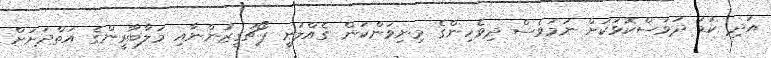
އަދި ކުޑަ ދުވަސްކޮޅަކަށް ނަމަވެސް ދިވެހިންގެ މިނިވަންކަން ގެއްލުނީ ޕޯޗުގީޒުންނާއި މަލާބާރީންގެ އަތްދަށަށް